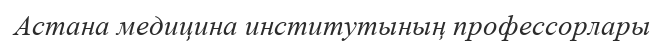
Астана медицина институтының профессорлары